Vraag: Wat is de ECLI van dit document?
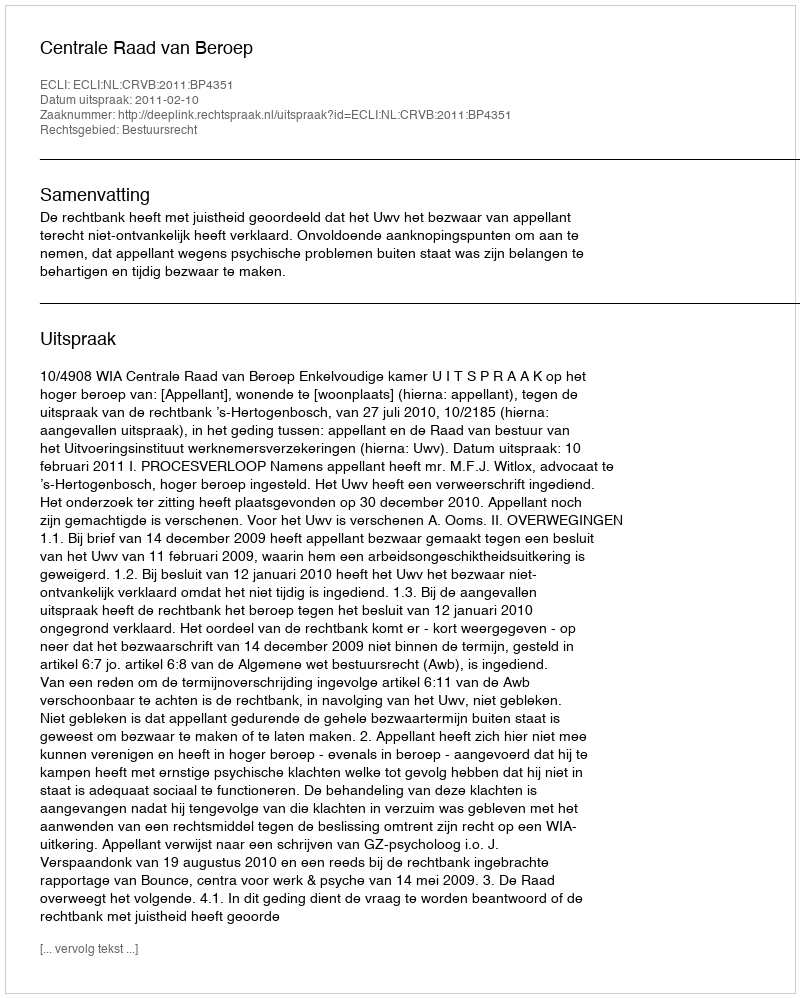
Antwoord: ECLI:NL:CRVB:2011:BP4351